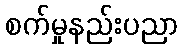
စက်မှုနည်းပညာ